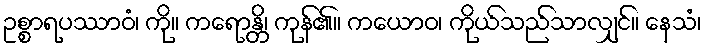
ဥစ္စာရပဿာဝံ၊ ကို။ ကရောန္တိ၊ ကုန်၏။ ကယောဝ၊ ကိုယ်သည်သာလျှင်။ နေသံ၊